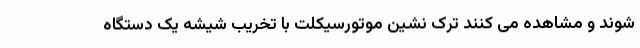
شوند و مشاهده می کنند ترک نشین موتورسیکلت با تخریب شیشه یک دستگاه